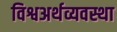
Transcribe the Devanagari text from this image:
विश्वअर्थव्यवस्था